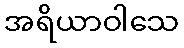
အရိယာဝါသေ